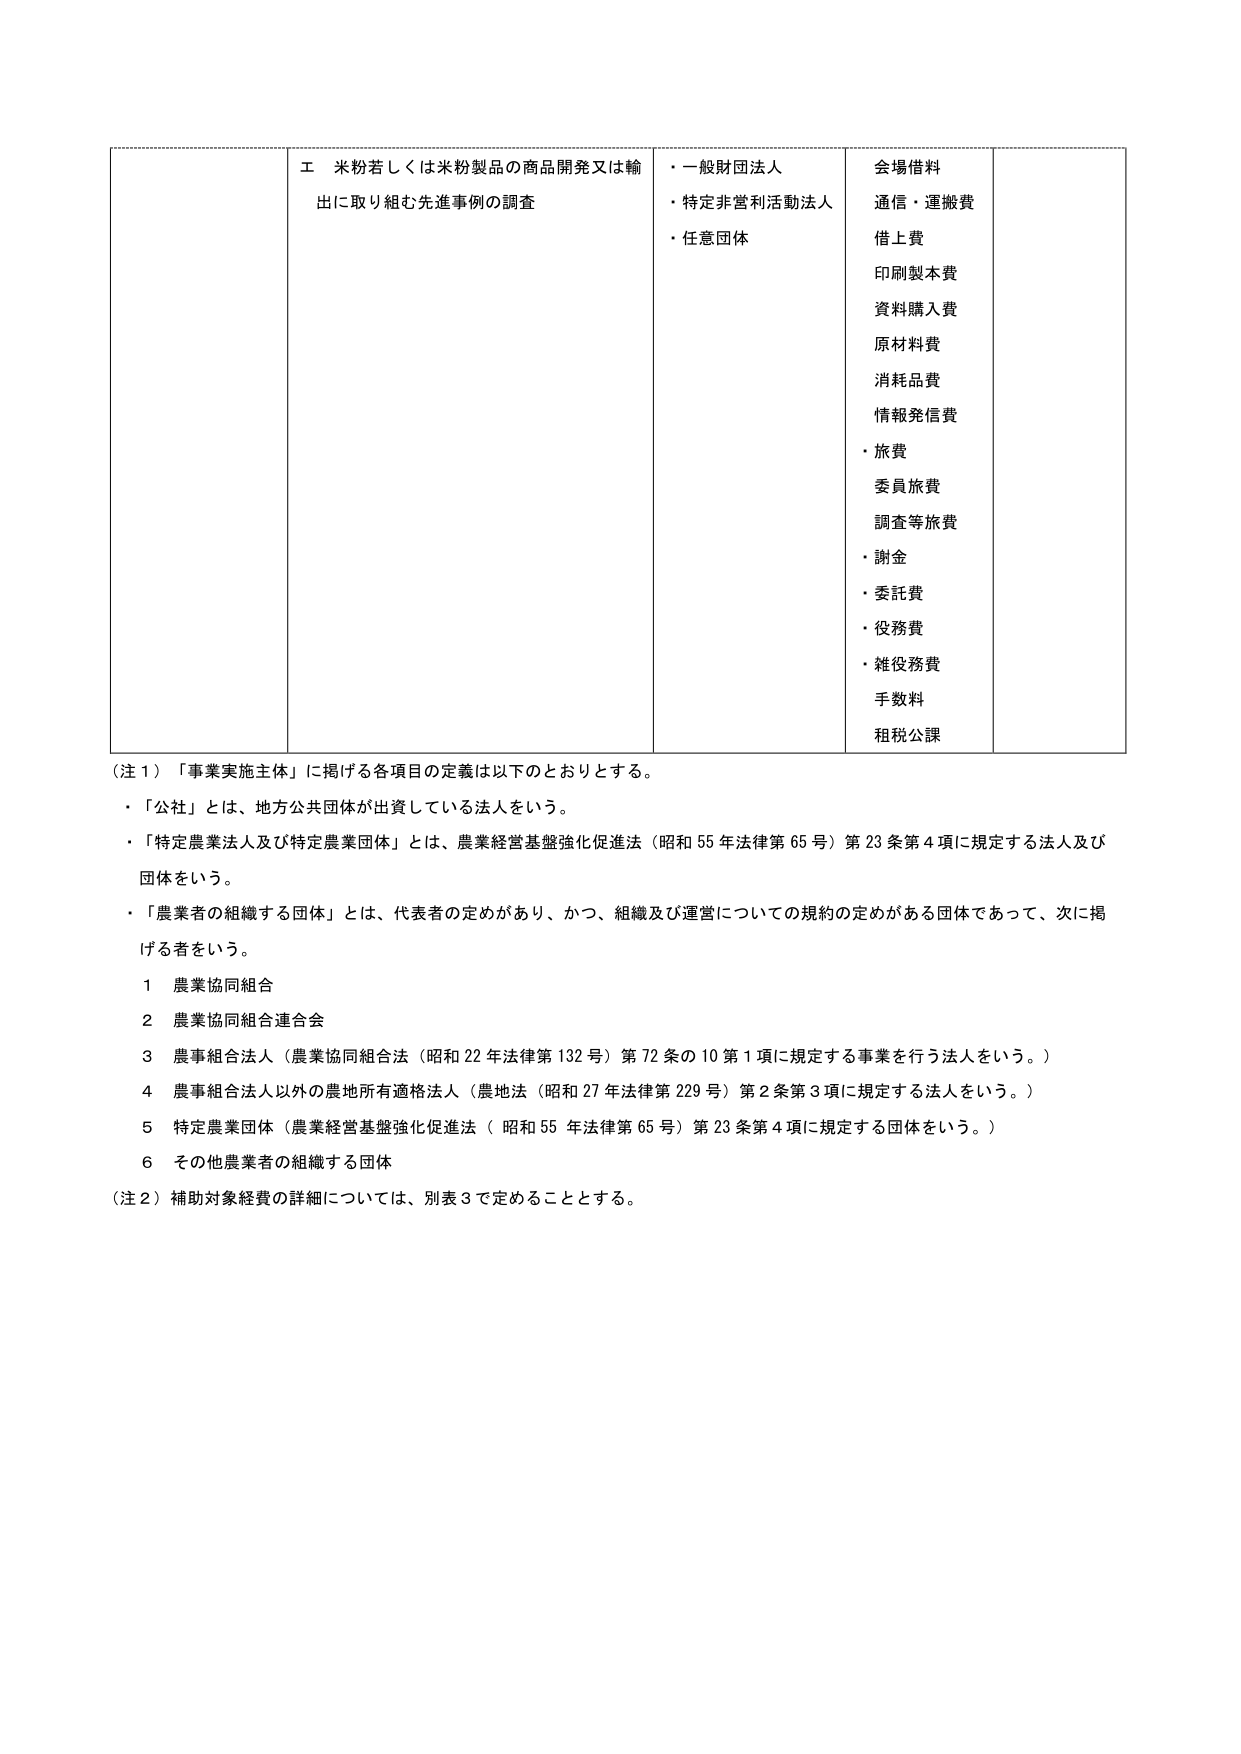
エ 米粉若しくは米粉製品の商品開発又は輸出に取り組む先進事例の調査
・一般財団法人
・特定非営利活動法人
・任意団体
会場借料
通信・運搬費
借上費
印刷製本費
資料購入費
原材料費
消耗品費
情報発信費
・旅費
委員旅費
調査等旅費
・謝金
・委託費
・役務費
・雑役務費
手数料
租税公課

（注１）「事業実施主体」に掲げる各項目の定義は以下のとおりとする。
・「公社」とは、地方公共団体が出資している法人をいう。
・「特定農業法人及び特定農業団体」とは、農業経営基盤強化促進法（昭和55年法律第65号）第23条第4項に規定する法人及び団体をいう。
・「農業者の組織する団体」とは、代表者の定めがあり、かつ、組織及び運営についての規約の定めがある団体であって、次に掲げる者をいう。
　１ 農業協同組合
　２ 農業協同組合連合会
　３ 農事組合法人（農業協同組合法（昭和22年法律第132号）第72条の10第1項に規定する事業を行う法人をいう。）
　４ 農事組合法人以外の農地所有適格法人（農地法（昭和27年法律第229号）第2条第3項に規定する法人をいう。）
　５ 特定農業団体（農業経営基盤強化促進法（昭和55年法律第65号）第23条第4項に規定する団体をいう。）
　６ その他農業者の組織する団体
（注２）補助対象経費の詳細については、別表3で定めることとする。